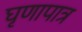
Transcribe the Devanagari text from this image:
घृणापात्र